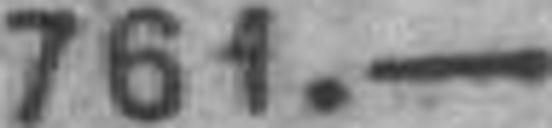
761.—